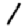
Digit: 1